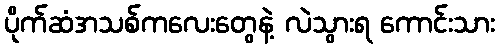
ပိုက်ဆံအသစ်ကလေးတွေနဲ့ လဲသွားရ ကောင်းသား